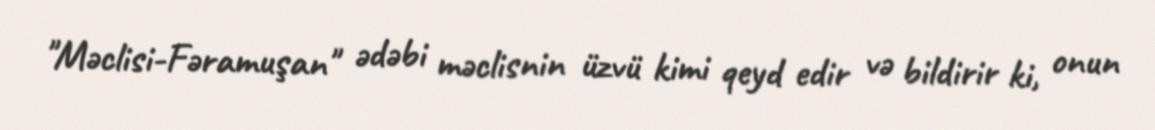
"Məclisi-Fəramuşan" ədəbi məclisnin üzvü kimi qeyd edir və bildirir ki, onun